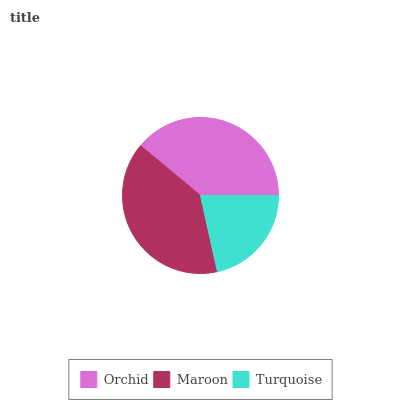
| Orchid | Maroon | Turquoise |
 | --- | --- | --- |
 | 39% | 39.5% | 21.5% |